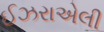
ઈઝરાએલી